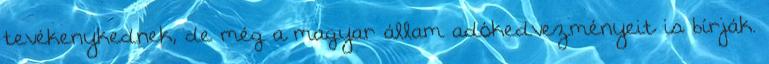
tevékenykednek, de még a magyar állam adókedvezményeit is bírják.